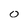
Character: 0